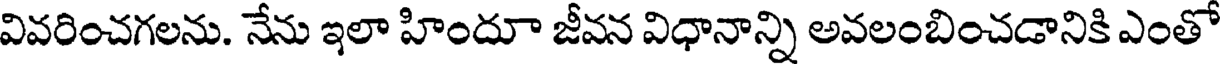
వివరించగలను. నేను ఇలా హిందూ జీవన విధానాన్ని అవలంబించడానికి ఎంతో